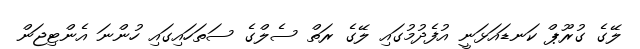
ލޭގެ ގުރޫޕް ކަނޑައަޅަނީ އުފެދުމުގައި ލޭގެ ރަތް ސެލްގެ ސަތަހައިގައި ހުންނަ އެންޓިޖަން